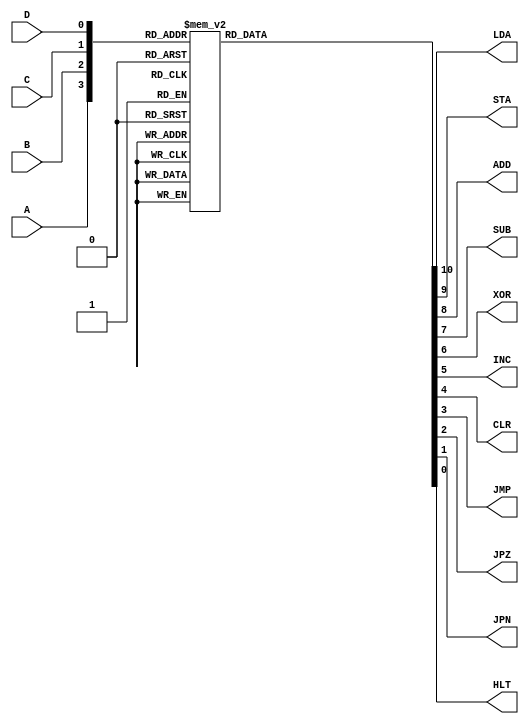
//Four bit binary to seven-segment decoder. Active Low output

module opCodeDecoder(
    input A,B,C,D, output reg LDA,STA,ADD,SUB,XOR,INC,CLR,JMP,JPZ,JPN,HLT);
	 always @(A,B,C,D) begin
	   case ({A,B,C,D})
		//A=MSB....D=LSB
	      4'b0000: {LDA,STA,ADD,SUB,XOR,INC,CLR,JMP,JPZ,JPN,HLT}= 11'b10000000000; //turn on LDA	(load Accumulator)
			4'b0001: {LDA,STA,ADD,SUB,XOR,INC,CLR,JMP,JPZ,JPN,HLT}= 11'b01000000000;//turn on STA	(Store Accumulator)		
			4'b0010: {LDA,STA,ADD,SUB,XOR,INC,CLR,JMP,JPZ,JPN,HLT}= 11'b00100000000;//Turn on ADD 
			4'b0011: {LDA,STA,ADD,SUB,XOR,INC,CLR,JMP,JPZ,JPN,HLT}= 11'b00010000000;//Turn on SUB	
			4'b0100: {LDA,STA,ADD,SUB,XOR,INC,CLR,JMP,JPZ,JPN,HLT}= 11'b00001000000;//Turn on XOR			
			4'b0101: {LDA,STA,ADD,SUB,XOR,INC,CLR,JMP,JPZ,JPN,HLT}= 11'b00000000000;//---Not used---		
			4'b0110: {LDA,STA,ADD,SUB,XOR,INC,CLR,JMP,JPZ,JPN,HLT}= 11'b00000100000;//Turn on INC (Increment Accumulator)
			4'b0111: {LDA,STA,ADD,SUB,XOR,INC,CLR,JMP,JPZ,JPN,HLT}= 11'b00000010000;//Turn on CLR	(Clear Accumulator)
			4'b1000: {LDA,STA,ADD,SUB,XOR,INC,CLR,JMP,JPZ,JPN,HLT}= 11'b00000001000;//Turn on JMP	(Jump Instruction)		
			4'b1001: {LDA,STA,ADD,SUB,XOR,INC,CLR,JMP,JPZ,JPN,HLT}= 11'b00000000010;//Turn on JPN	(Jump on Zero)		
			4'b1010: {LDA,STA,ADD,SUB,XOR,INC,CLR,JMP,JPZ,JPN,HLT}= 11'b00000000000;//--Not Used--
			4'b1011: {LDA,STA,ADD,SUB,XOR,INC,CLR,JMP,JPZ,JPN,HLT}= 11'b00000000000;//--Not used--
			4'b1100: {LDA,STA,ADD,SUB,XOR,INC,CLR,JMP,JPZ,JPN,HLT}= 11'b00000000100;//Turn on JPZ   (Jump when negative)
			4'b1101: {LDA,STA,ADD,SUB,XOR,INC,CLR,JMP,JPZ,JPN,HLT}= 11'b00000000000;//--Not Used--
			4'b1110: {LDA,STA,ADD,SUB,XOR,INC,CLR,JMP,JPZ,JPN,HLT}= 11'b00000000000;//--Not Used--
			4'b1111: {LDA,STA,ADD,SUB,XOR,INC,CLR,JMP,JPZ,JPN,HLT}= 11'b00000000001;//Turn on HLT   (HALT!)
			endcase			
		end
	endmodule